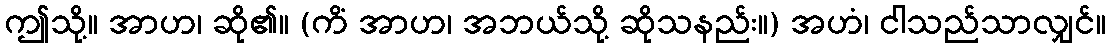
ဤသို့။ အာဟ၊ ဆို၏။ (ကိံ အာဟ၊ အဘယ်သို့ ဆိုသနည်း။) အဟံ၊ ငါသည်သာလျှင်။